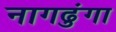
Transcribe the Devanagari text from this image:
नागढुंगा